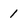
Character: 1